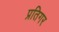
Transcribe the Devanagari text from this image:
प्रतिगर